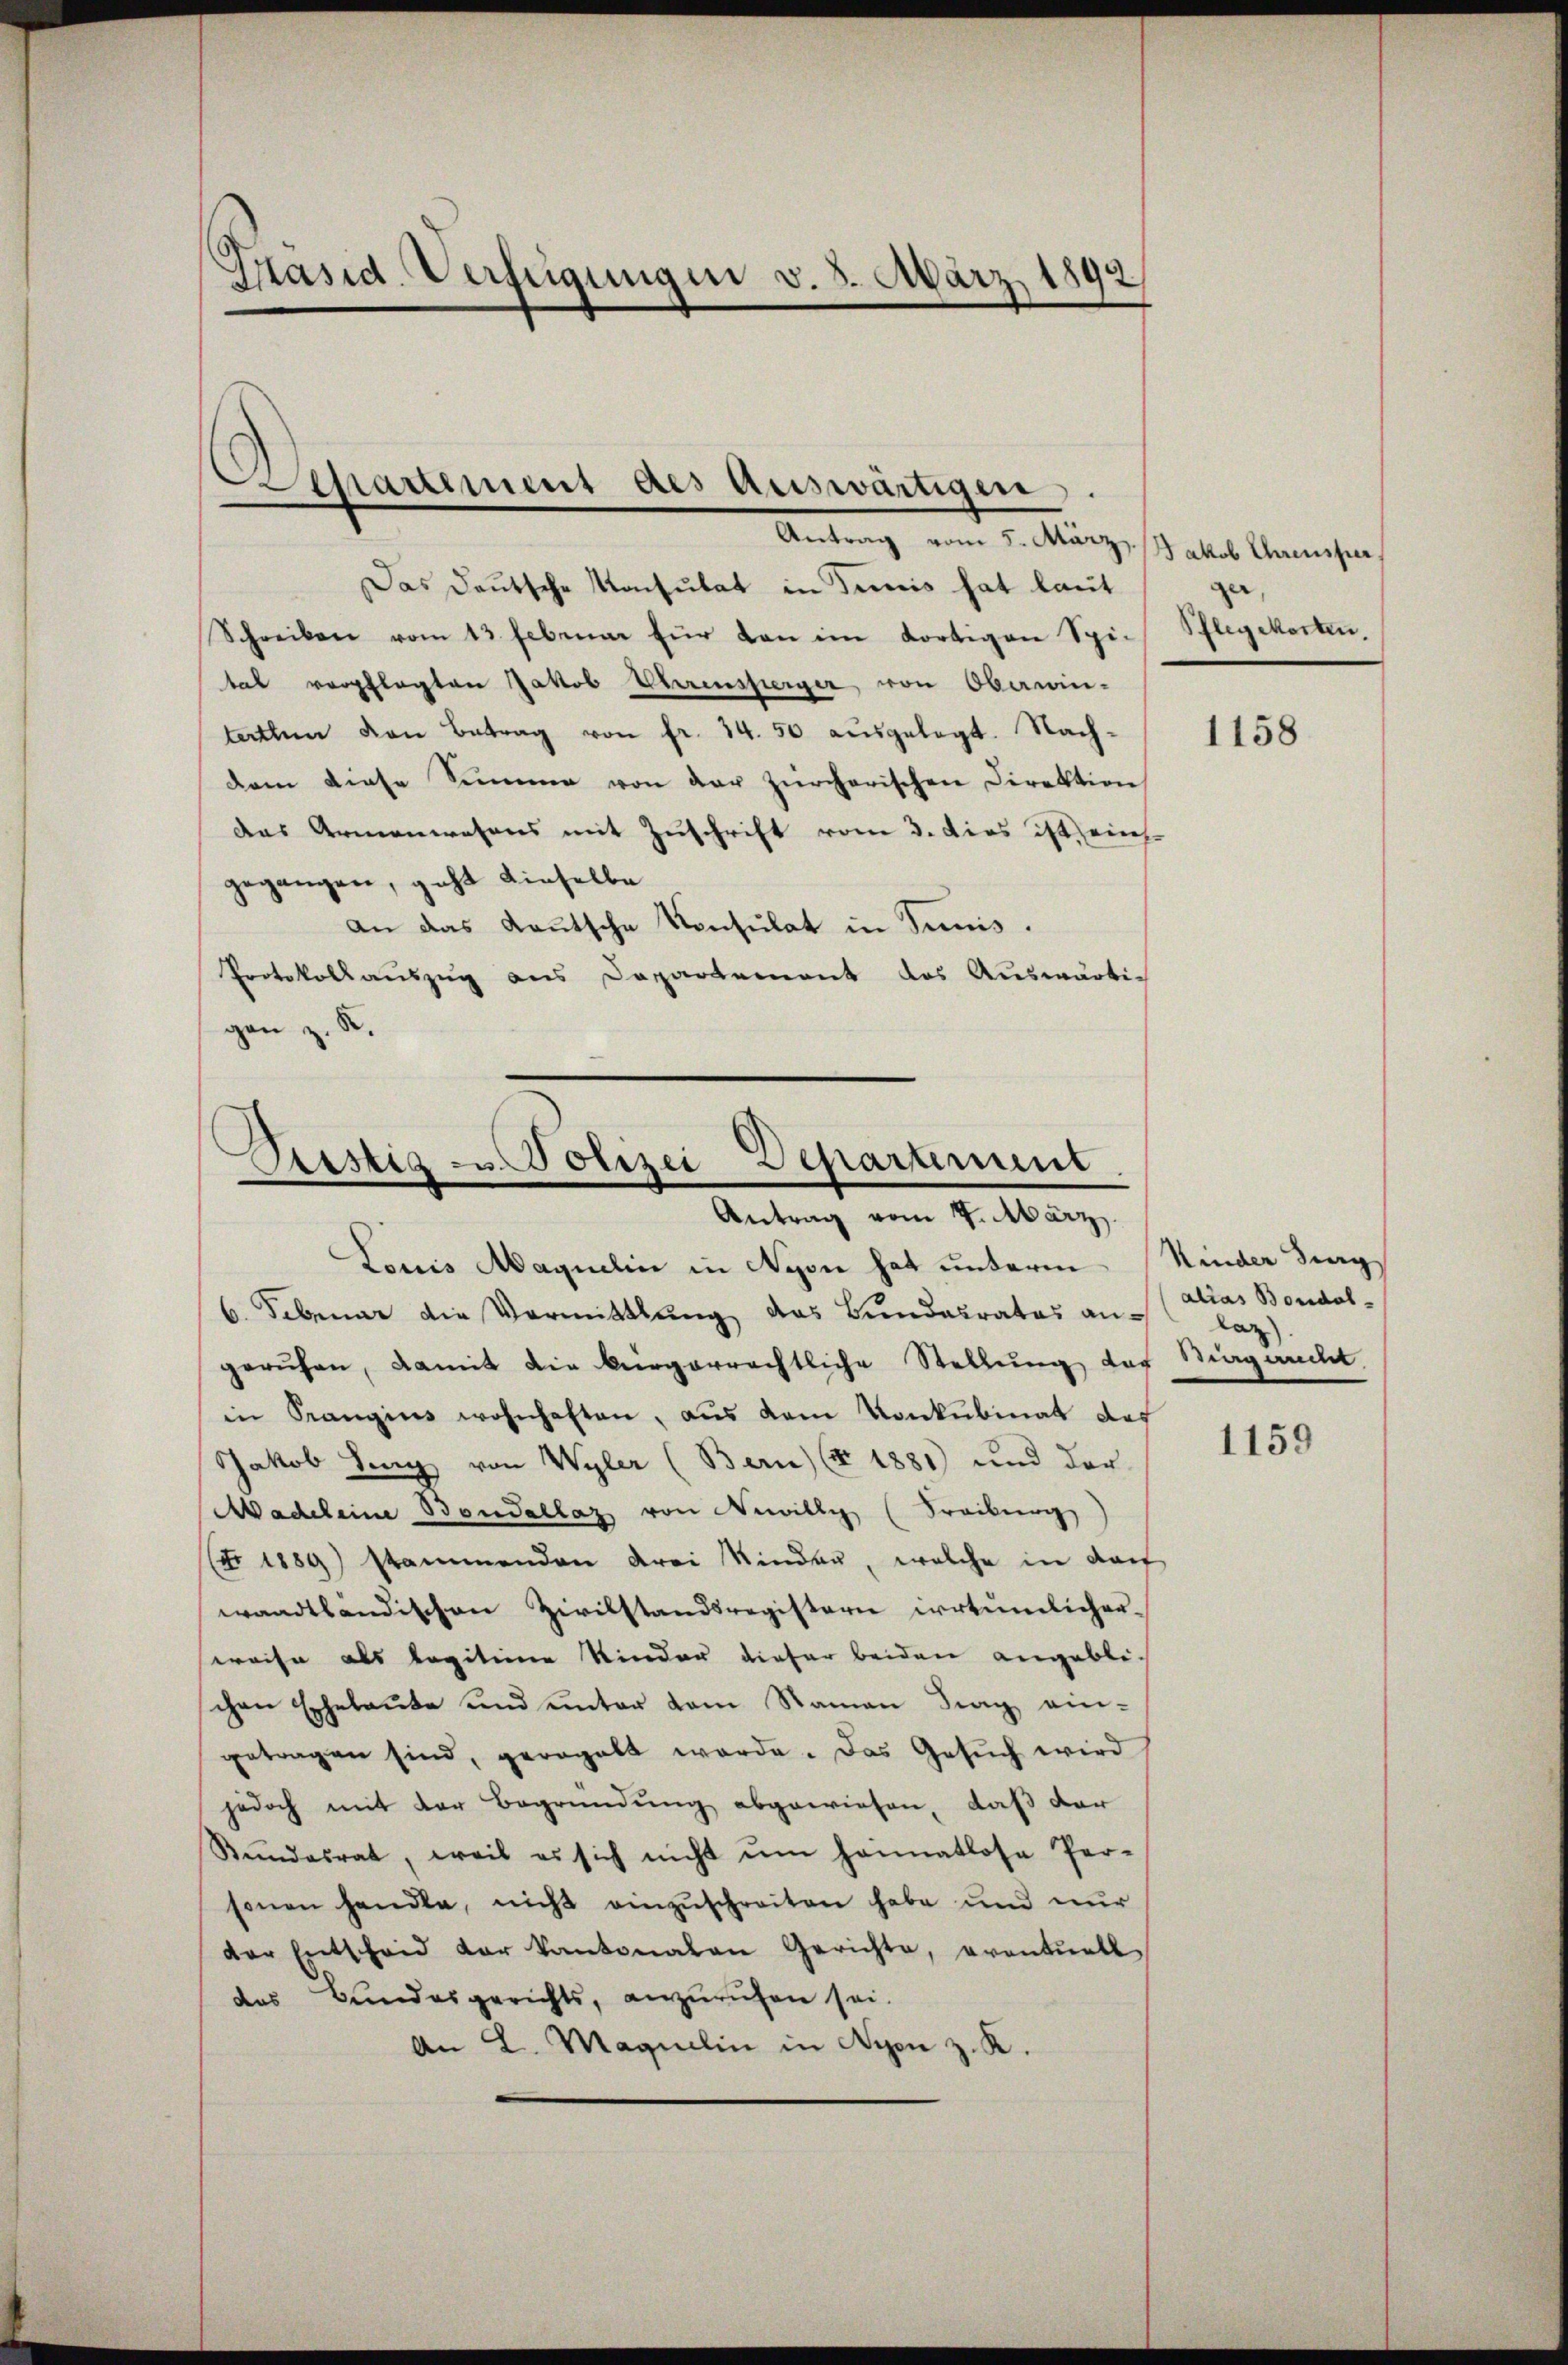
Präsid. Verfügungen v. 3. März 1892

s
epartement des Auswärtigen.
Antrag vom 5. März Jakob Ehrensper

Das Deutsche Konsulat in Tunis hat laut
Schreiben vom 13. Februar für den im dortigen Spi-
tal verpflegten Jakob Ehrensperger von Oberein-
terthen den Betrag von fr. 34. 50 ausgelegt. Nach-
dem diese Summe von der Zürcherischen Direktion
das Armenwesens mit Zuschrift vom 3. dies ist, einsgegangen, geht dieselbe
an das Kautsche Konsulat in Suis.
Protokollauszug aus Departement das Auswärtig
gen z. K.

Sistig u. Polizei Departement
Antrag vom 7. März

Louis Magnelin in Nyon hat unterm Kinder Burg
6. Februar die Vormittlung das Bundesrates angerufen, damit die bürgerrechtliche Stellung des Siagaucht
in Prangins wohnhaften, aus dem Konkubinat des
Jakob Seng von Wyler (Bern) (§ 1881) und der
Macheleine Bandellaz von Newillig (Freckung
Ao 1889 stammenden drei Kinden, welche in darf
waadtländischen Zivilstandsregistern irrtümlicher.
preise als legitiene Kinder dieser beiden angebli
schen Eheleute und unter vom Namen Ding ein-
getragen sind, gerogalt werde. Das Gesŭch wird
jedoch mit der Begründung abgewiesen, daß der
Stŭndesrat, weil es sich nicht ŭm hannatlose Per-
sonen handle, nicht einzuschreiten habe und nur
der Entscheid der Kantonalen Gerichte, eventuell
des Bundesgerichts, anzuruhen sei.
An L. Maquelin in Nyon z. K.

a
Pflegekosten.

1158

alias Bonidal-
laz).

1159